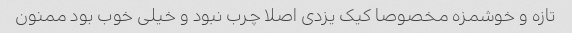
تازه و خوشمزه مخصوصا کیک یزدی اصلا چرب نبود و خیلی خوب بود ممنون